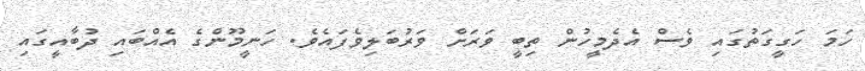
ހަމަ ހަގީގަތުގައި ވެސް އެދެމީހުން ތިބީ ވަރަށް ވަރުބަލިވެފައެވެ. ހަނީމޫންގެ އެއްބައި ދުބާއީގައި